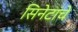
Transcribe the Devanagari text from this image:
सिनेटांचे